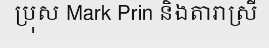
ប្រុស Mark Prin និងតារាស្រី